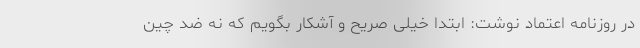
در روزنامه اعتماد نوشت: ابتدا خیلی صریح و آشکار بگویم که نه ضد چین